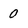
Character: 0